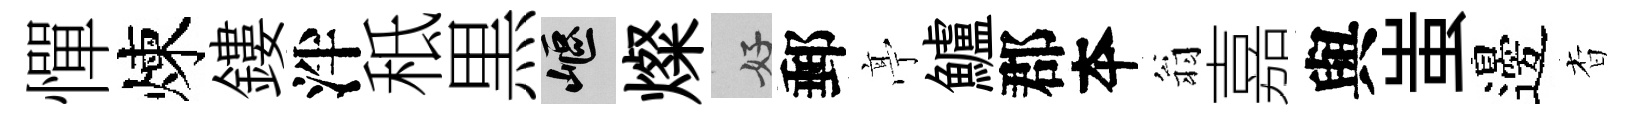
憚煉鏤泮秪黒嶇燦好郵𠅘鱸郡夲翁嘉與蚩邊杳